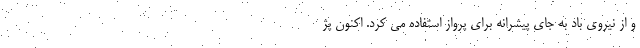
و از نیروی باد به جای پیشرانه برای پرواز استفاده می کرد. اکنون پژ